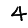
Digit: 4